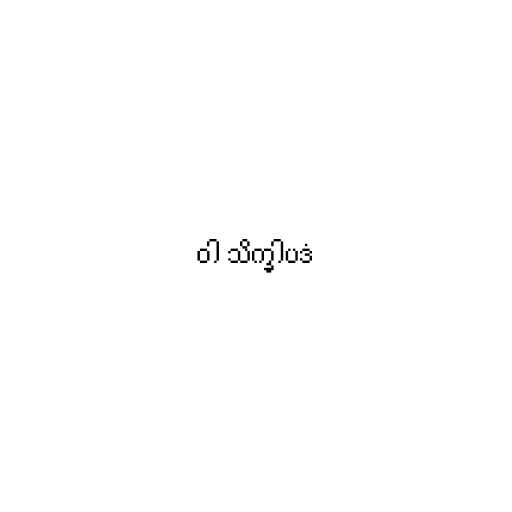
ဝါ သိက္ခါပဒံ